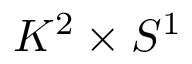
K ^ { 2 } \times S ^ { 1 }